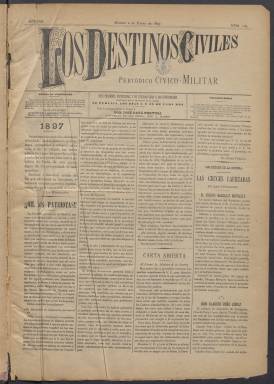
Título: Los Destinos civiles
Colección: Fuerzas armadas
Ámbito geográfico: Madrid
Lugar de publicación: Madrid
Fechas: 02/01/1897-20/12/1917